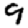
Digit: 9